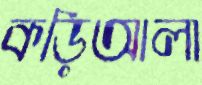
কড়িআলা